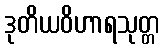
ဒုတိယဝိဟာရသုတ္တ